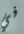
في